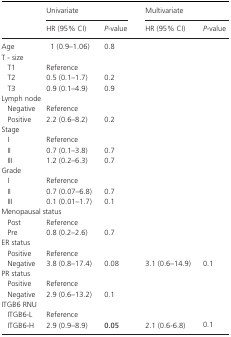
|  | <COLSPAN=2> Univariate | <COLSPAN=2> Multivariate |
 |  | HR (95% CI) | P‐value | HR (95% CI) | P‐value |
 | --- | --- | --- | --- | --- |
 | Age | 1 (0.9–1.06) | 0.8 |  |  |
 | <COLSPAN=5> T ‐ size |
 | T1 | Reference |  |  |  |
 | T2 | 0.5 (0.1–1.7) | 0.2 |  |  |
 | T3 | 0.9 (0.1–4.9) | 0.9 |  |  |
 | <COLSPAN=5> Lymph node |
 | Negative | Reference |  |  |  |
 | Positive | 2.2 (0.6–8.2) | 0.2 |  |  |
 | <COLSPAN=5> Stage |
 | I | Reference |  |  |  |
 | II | 0.7 (0.1–3.8) | 0.7 |  |  |
 | III | 1.2 (0.2–6.3) | 0.7 |  |  |
 | <COLSPAN=5> Grade |
 | I | Reference |  |  |  |
 | II | 0.7 (0.07–6.8) | 0.7 |  |  |
 | III | 0.1 (0.01–1.7) | 0.1 |  |  |
 | <COLSPAN=5> Menopausal status |
 | Post | Reference |  |  |  |
 | Pre | 0.8 (0.2–2.6) | 0.7 |  |  |
 | <COLSPAN=5> ER status |
 | Positive | Reference |  |  |  |
 | Negative | 3.8 (0.8–17.4) | 0.08 | 3.1 (0.6–14.9) | 0.1 |
 | <COLSPAN=5> PR status |
 | Positive | Reference |  |  |  |
 | Negative | 2.9 (0.6–13.2) | 0.1 |  |  |
 | <COLSPAN=5> ITGB6 RNU |
 | ITGB6‐L | Reference |  |  |  |
 | ITGB6‐H | 2.9 (0.9–8.9) | 0.05 | 2.1 (0.6‐6.8) | 0.1 |